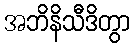
အဘိနိသီဒိတွာ